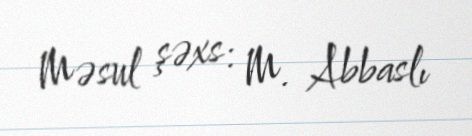
Məsul şəxs: M. Abbaslı